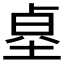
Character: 𱖻